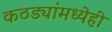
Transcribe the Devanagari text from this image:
कठड्यांमध्येही